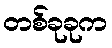
တစ်ခုခုက